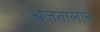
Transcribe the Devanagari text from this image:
अज़तालान